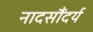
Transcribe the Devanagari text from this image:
नादसौंदर्य